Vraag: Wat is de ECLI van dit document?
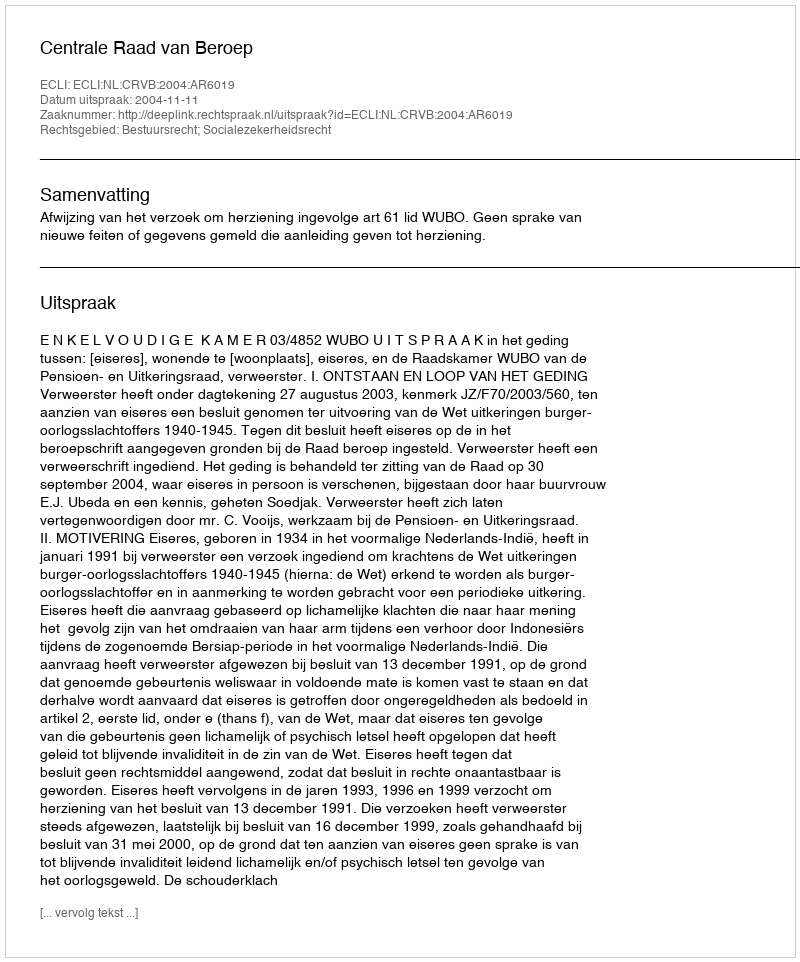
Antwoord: ECLI:NL:CRVB:2004:AR6019